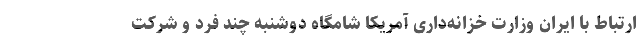
ارتباط با ایران وزارت خزانه‌داری آمریکا شامگاه دوشنبه چند فرد و شرکت